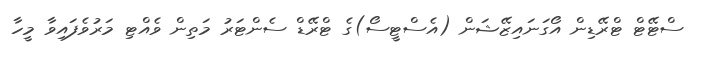
ސްޓޭޓް ޓްރޭޑިން އޯގަނައިޒޭޝަން (އެސްޓީސޯ)ގެ ޓްރޭޑް ސެންޓަރު މަތިން ވެއްޓި މަރުވެފައިވާ މީހާ